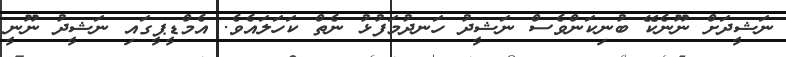
ނަޝީދަށް ނޫނެކޭ ބުނިކަންވެސް ނަޝީދު ހަނދުމަފުޅު ނެތް ކަހަލައެވެ. އެމްޑީޕީގައި ނަޝީދު ނޫނީ